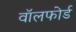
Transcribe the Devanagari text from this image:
वॉलफोर्ड